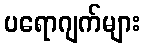
ပရောဂျက်များ